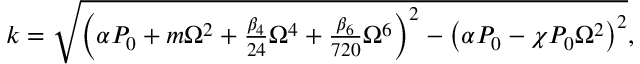
\begin{array} { r } { k = \sqrt { \left( \alpha P _ { 0 } + m \Omega ^ { 2 } + \frac { \beta _ { 4 } } { 2 4 } \Omega ^ { 4 } + \frac { \beta _ { 6 } } { 7 2 0 } \Omega ^ { 6 } \right) ^ { 2 } - \left( \alpha P _ { 0 } - \chi P _ { 0 } \Omega ^ { 2 } \right) ^ { 2 } } , } \end{array}